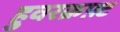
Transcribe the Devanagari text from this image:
हुवरक्रफ़्ट